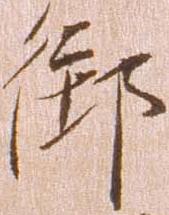
御